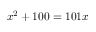
x ^ { 2 } + 1 0 0 = 1 0 1 x